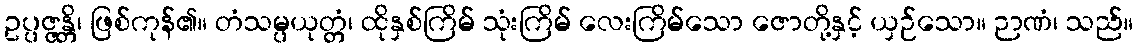
ဥပ္ပဇ္ဇန္တိ၊ ဖြစ်ကုန်၏။ တံသမ္ပယုတ္တံ၊ ထိုနှစ်ကြိမ် သုံးကြိမ် လေးကြိမ်သော ဇောတို့နှင့် ယှဉ်သော။ ဉာဏံ၊ သည်။